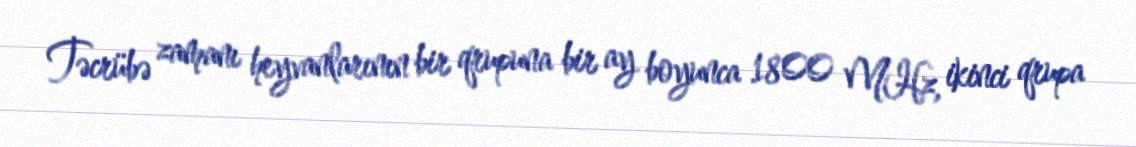
Təcrübə zamanı heyvanlarının bir qrupuna bir ay boyunca 1800 MHz, ikinci qrupa